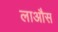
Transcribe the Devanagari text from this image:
लाऔस